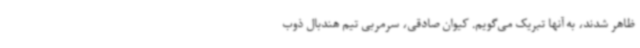
ظاهر شدند، به آنها تبریک می‌گویم. کیوان صادقی، سرمربی تیم هندبال ذوب